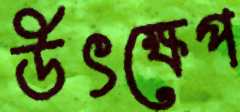
উৎক্ষেপ